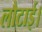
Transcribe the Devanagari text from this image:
लौटाई।